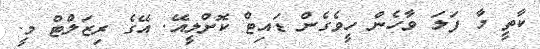
ކާތީ މާ ފަލަ ވާހެން ހީވެގެން ޑައިޓް ކޮށްލީއޭ. އޭގެ ރިޒަލްޓް މީ.